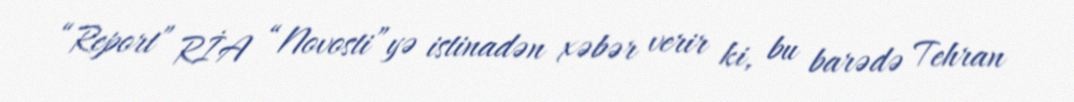
“Report” RİA “Novosti”yə istinadən xəbər verir ki, bu barədə Tehran